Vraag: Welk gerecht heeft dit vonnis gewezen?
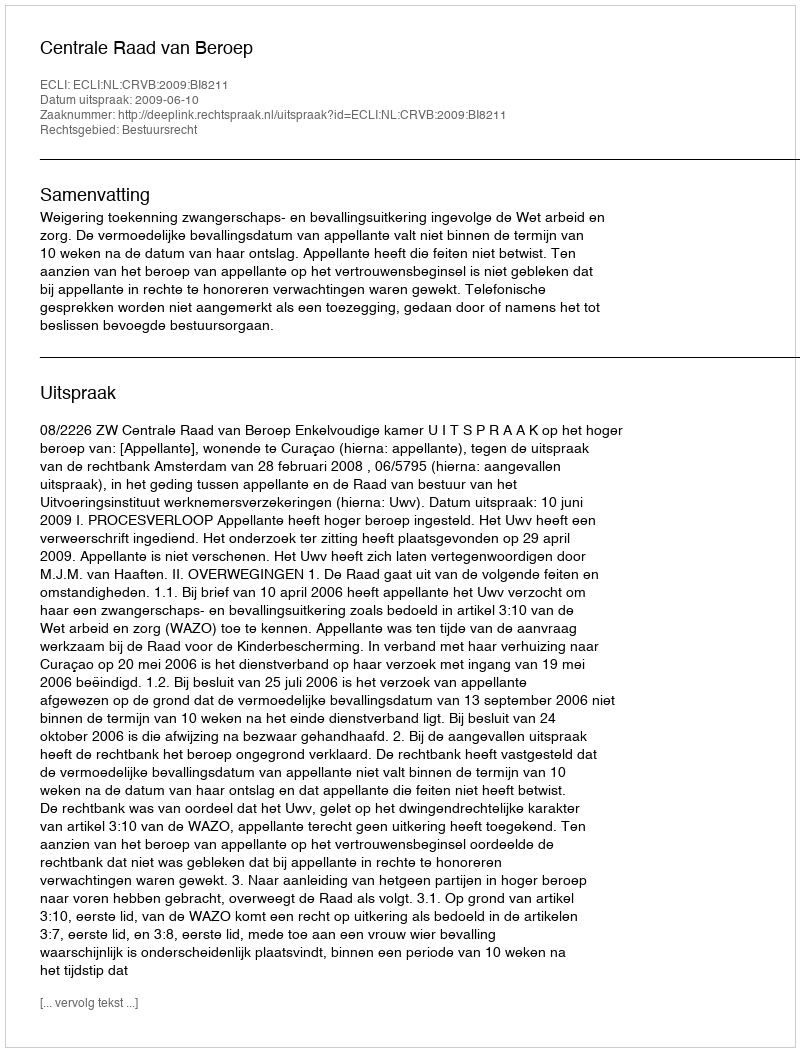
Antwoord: Centrale Raad van Beroep